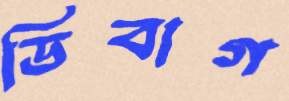
ডিবাগ